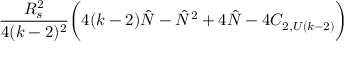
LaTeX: { \frac { R _ { s } ^ { 2 } } { 4 ( k - 2 ) ^ { 2 } } } \biggl ( 4 ( k - 2 ) { \hat { N } } - { \hat { N } } ^ { 2 } + 4 { \hat { N } } - 4 C _ { 2 , U ( k - 2 ) } \biggr )